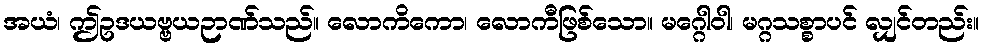
အယံ၊ ဤဥဒယဗ္ဗယဉာဏ်သည်။ လောကိကော၊ လောကီဖြစ်သော။ မဂ္ဂေါဝါ၊ မဂ္ဂသစ္စာပင် လျှင်တည်း။